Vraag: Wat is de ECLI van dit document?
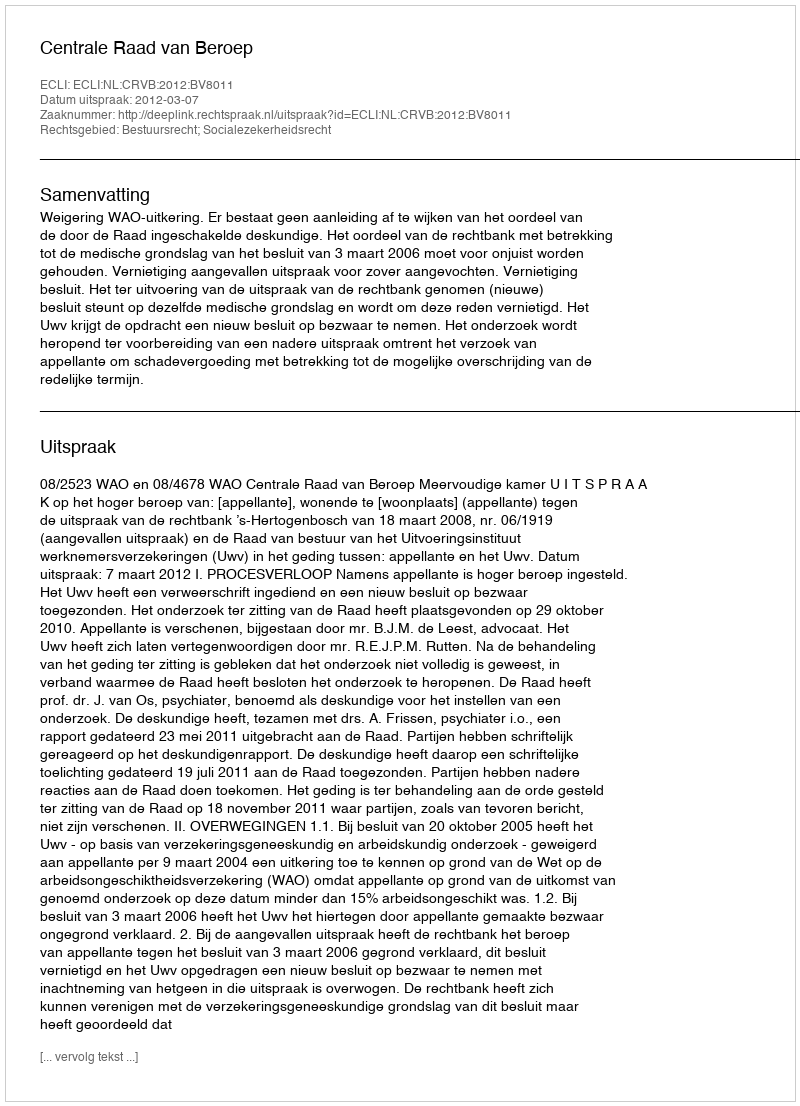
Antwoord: ECLI:NL:CRVB:2012:BV8011